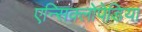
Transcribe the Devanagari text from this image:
एन्सिक्लोपेडिया